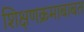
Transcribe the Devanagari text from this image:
शिक्षणक्रमाबाबत